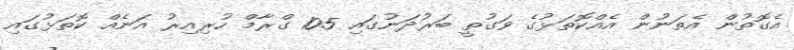
އެގޮތުން އެތަނުން އެއްކޮތަޅުގެ ވަގުތީ ބަރުދަނުގައި 105 ގްރާމް ހުރިއިރު އަނެއް ކޮތަޅުގައި